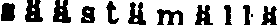
säästämällä